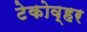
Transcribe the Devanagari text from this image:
टेकोव्हर